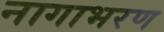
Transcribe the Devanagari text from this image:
नागाभरण